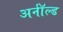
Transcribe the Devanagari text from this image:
अर्नॉल्ड